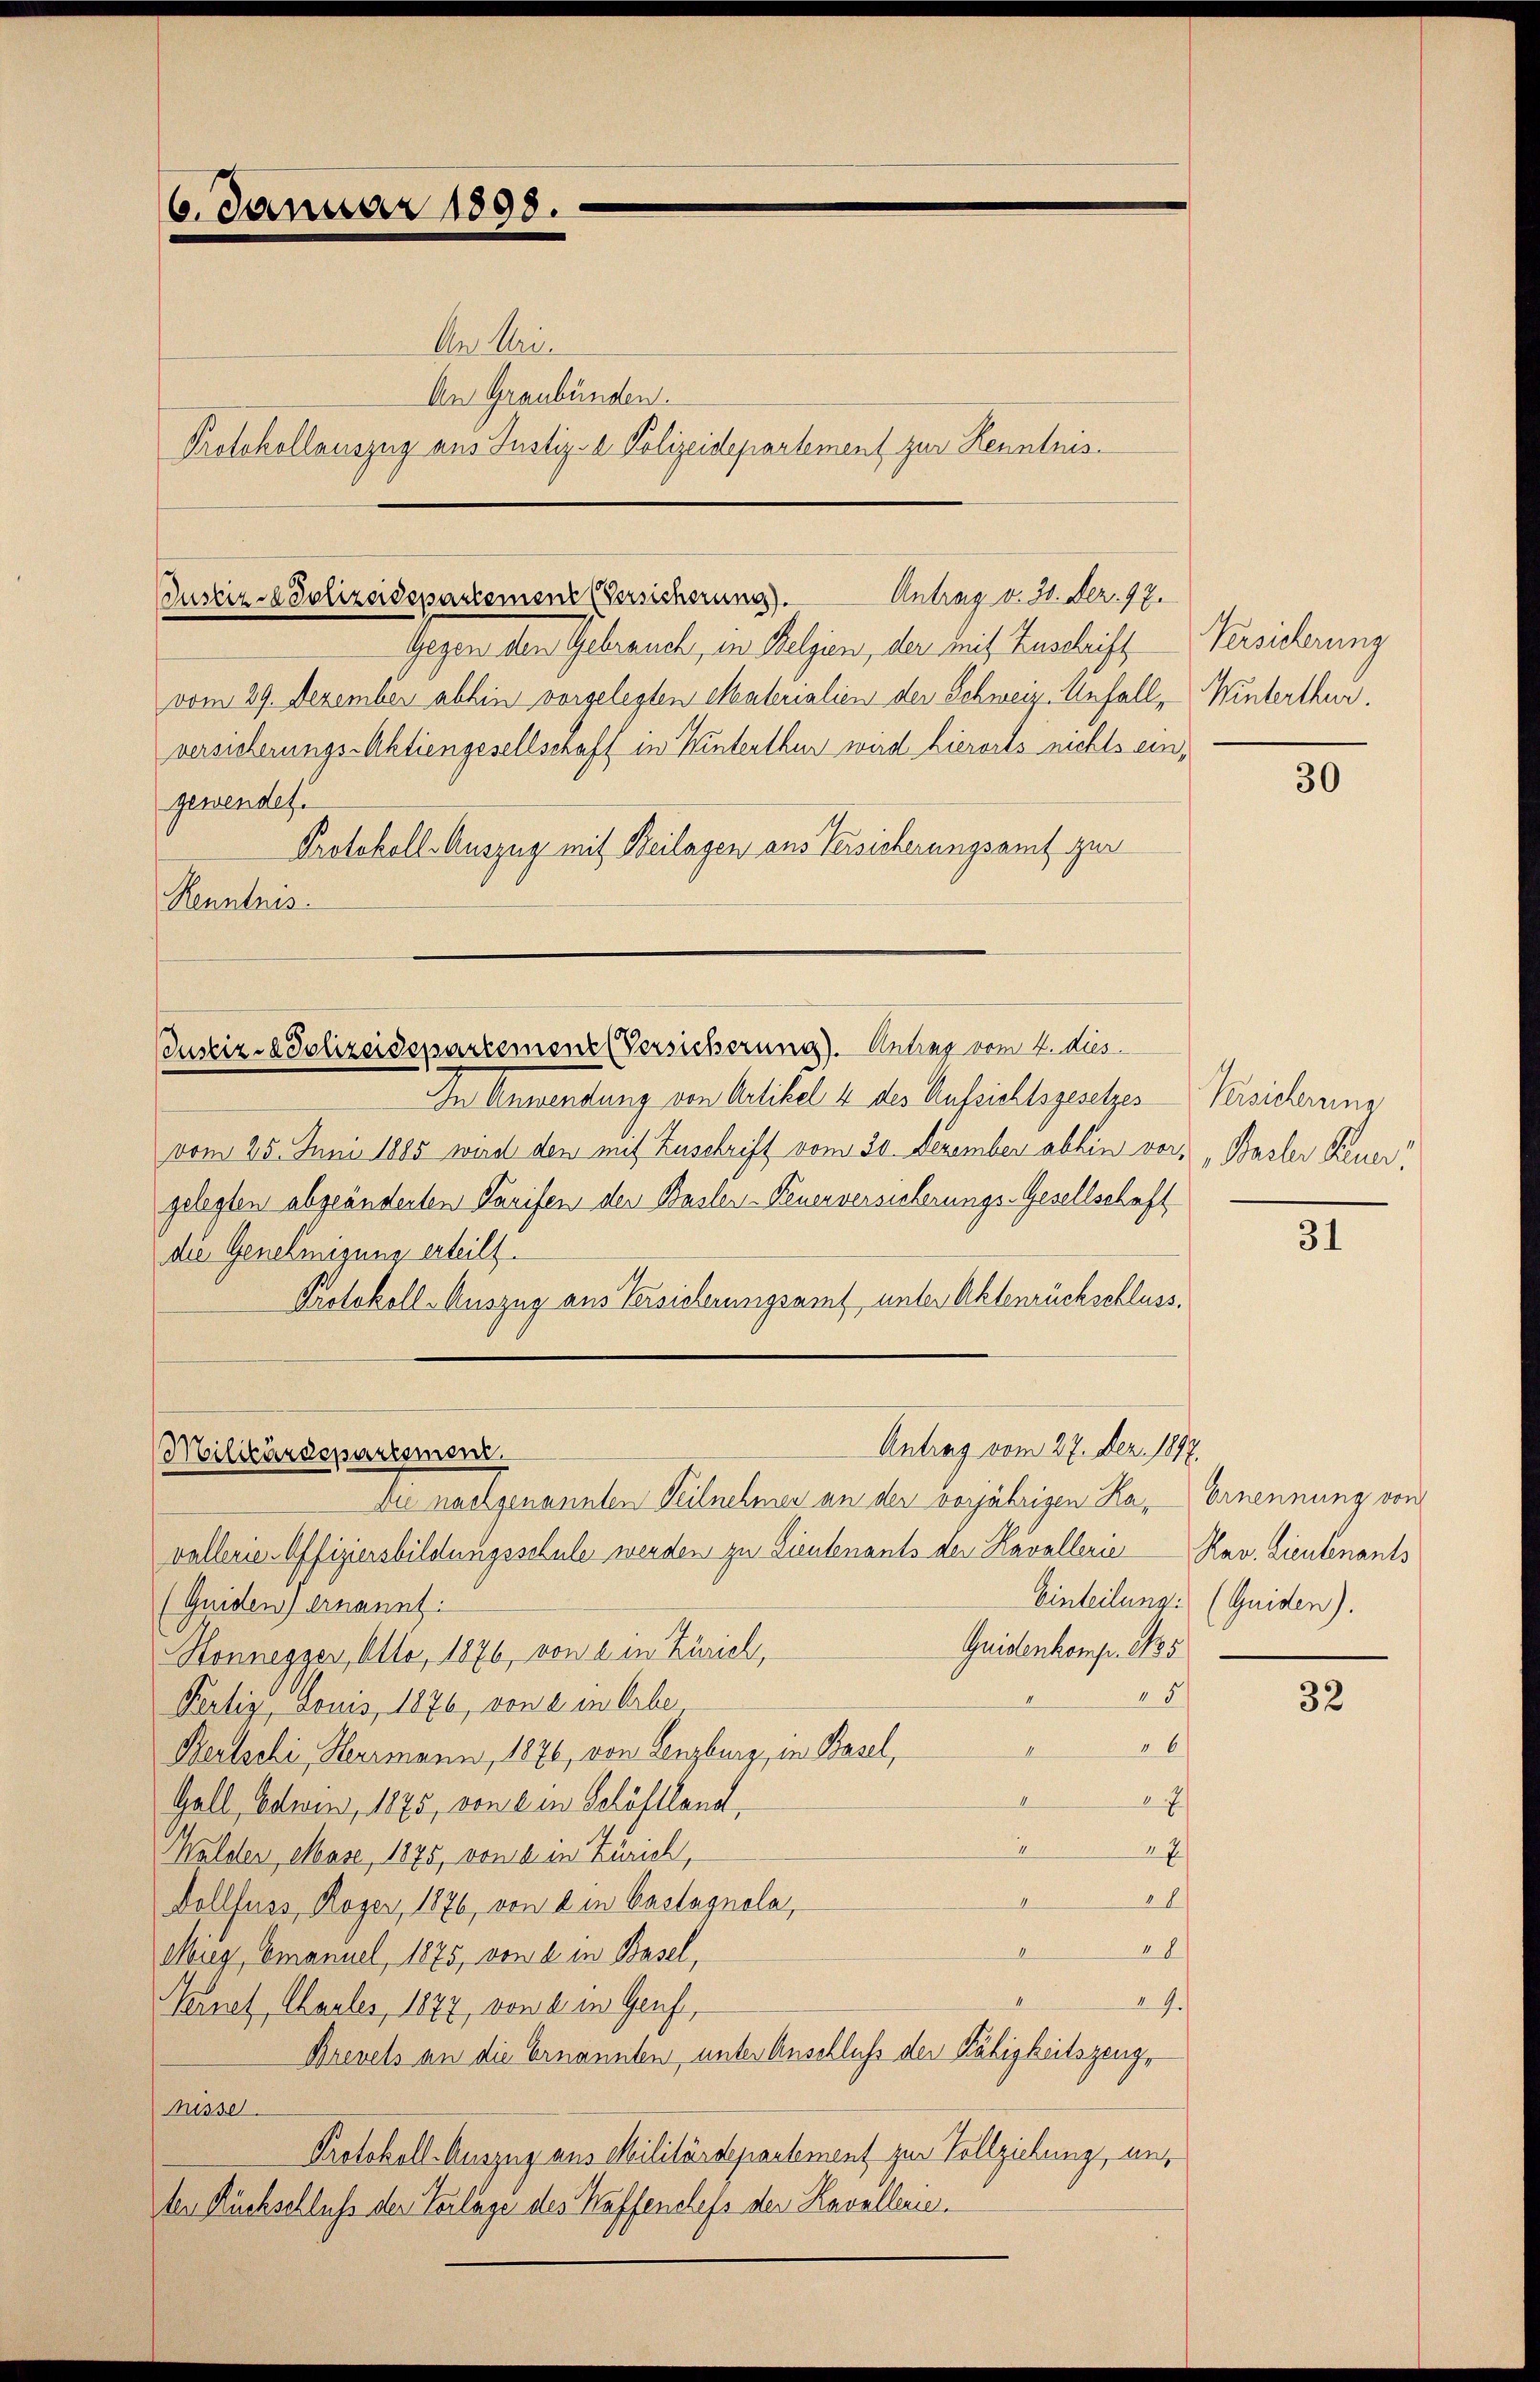
6. Januar 1898.

An Mein
An Graubünden.
Protokollauszug aus Justiz- & Polizeidepartement zur Kenntnis¬

Gegen den Gebrauch, in Belgien, der mit Zuschrift
vom 29. Dezember abhin vorgelegten Materialien der Schweiz. Anfall, Winterthur,
versicherungs-Aktiengesellschaft in Hinterthur wird hierorts nichts eingewendet.
Protokoll-Auszug mit Beilagen aus Versicherungsamt zur
Renntnis.

Antrag v. 31. Dez. 97.
Justiz- & Polizeidepartement (Versicherung).

Justiz- & Polizeidepartemene Versicherung). Antrag vom 4. dies

Militärdepartement.

Antrag vom 27. Dez. 1897.

Versicherung

In Anwendung von Artikel 4 des Aufsichtsgesetzes Versicherung
vom 25. Juni 1885 wird den mit Zuschrift vom 30. Dezember abhin vor, Basler Feuer
gelegten abgeänderten Tarifen der Basler-Feuerversicherungs-Gesellschaft
die Genehmigung erteilt.
Protokoll-Auszug aus Versicherungsamt unter Aktenrückschluss.
Die nachgenannten Teilnehmen an der vorjährigen Ravallerie-Offiziersbildungsschule werden zu Lieutenants der Kavallerie Rav. Lieutenants
(Guiden) ernannt:
Quidenkomp. Es
Honnegger, Allo, 1876, von ein Zürich,
15/
Pertig, Louis, 1876, von a. in Arbe
46
4
Bertschi, Herrmann, 1876, von Lenzburg, in Basel,

Gall, Edwin, 1875, von ein Schöflland,
I
27
Gulden, Mase, 1875, von 2 in Zürich,
22)
4
Dollfuss, Hager, 1876, von ein Castagnola,
48
I
Mug, Emanuel, 1875, von 6 in Basel,
24.
Keinet, Maules, 1877, von a. in Genf,
Brevels an die Ernannten, unter Anschluß der Fähigkeitszeuge
nisse
Protokoll-Auszug aus Militärdepartement zur Vollziehung, unten Rückschluß der Teilage des Kaffenchefs der Kavallerie.

30

31

Ernennung von
Einteilung. (Guiden).

32